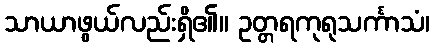
သာယာဖွယ်လည်းရှိ၏။ ဥတ္တရကုရုသင်္ကာသံ၊